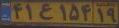
۴۱ع۱۵۴۱۹